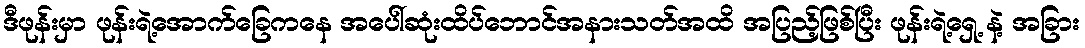
ဒီဖုန်းမှာ ဖုန်းရဲ့အောက်ခြေကနေ အပေါ်ဆုံးထိပ်ဘောင်အနားသတ်အထိ အပြည့်ဖြစ်ပြီး ဖုန်းရဲ့ရှေ့ နဲ့ အခြား